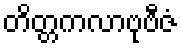
တိတ္တကလာဗုဗီဇံ